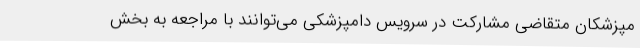
مپزشکان متقاضی مشارکت در سرویس دامپزشکی می‌توانند با مراجعه به بخش